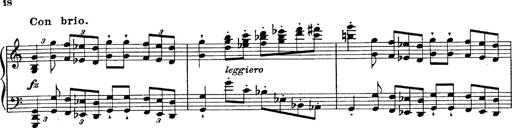
Title: Fantasie Ã¼ber Themen aus Mozarts Figaro und Don Giovanni
Composer: Franz Liszt